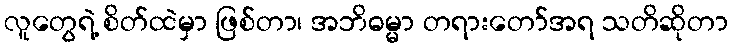
လူတွေရဲ့ စိတ်ထဲမှာ ဖြစ်တာ၊ အဘိဓမ္မာ တရားတော်အရ သတိဆိုတာ